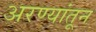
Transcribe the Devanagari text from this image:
अरण्यांतून